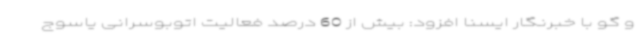
و گو با خبرنگار ایسنا افزود: بیش از 60 درصد فعالیت اتوبوسرانی یاسوج